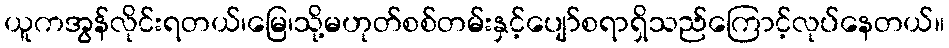
ယူကအွန်လိုင်းရတယ်၊မြေ၊သို့မဟုတ်စစ်တမ်းနှင့်ပျော်စရာရှိသည်ကြောင့်လုပ်နေတယ်။